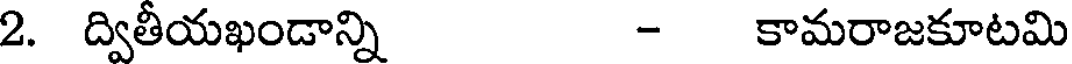
2. ద్వితీయఖండాన్ని - కామరాజకూటమి